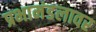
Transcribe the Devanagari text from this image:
प्रभामंडलावर